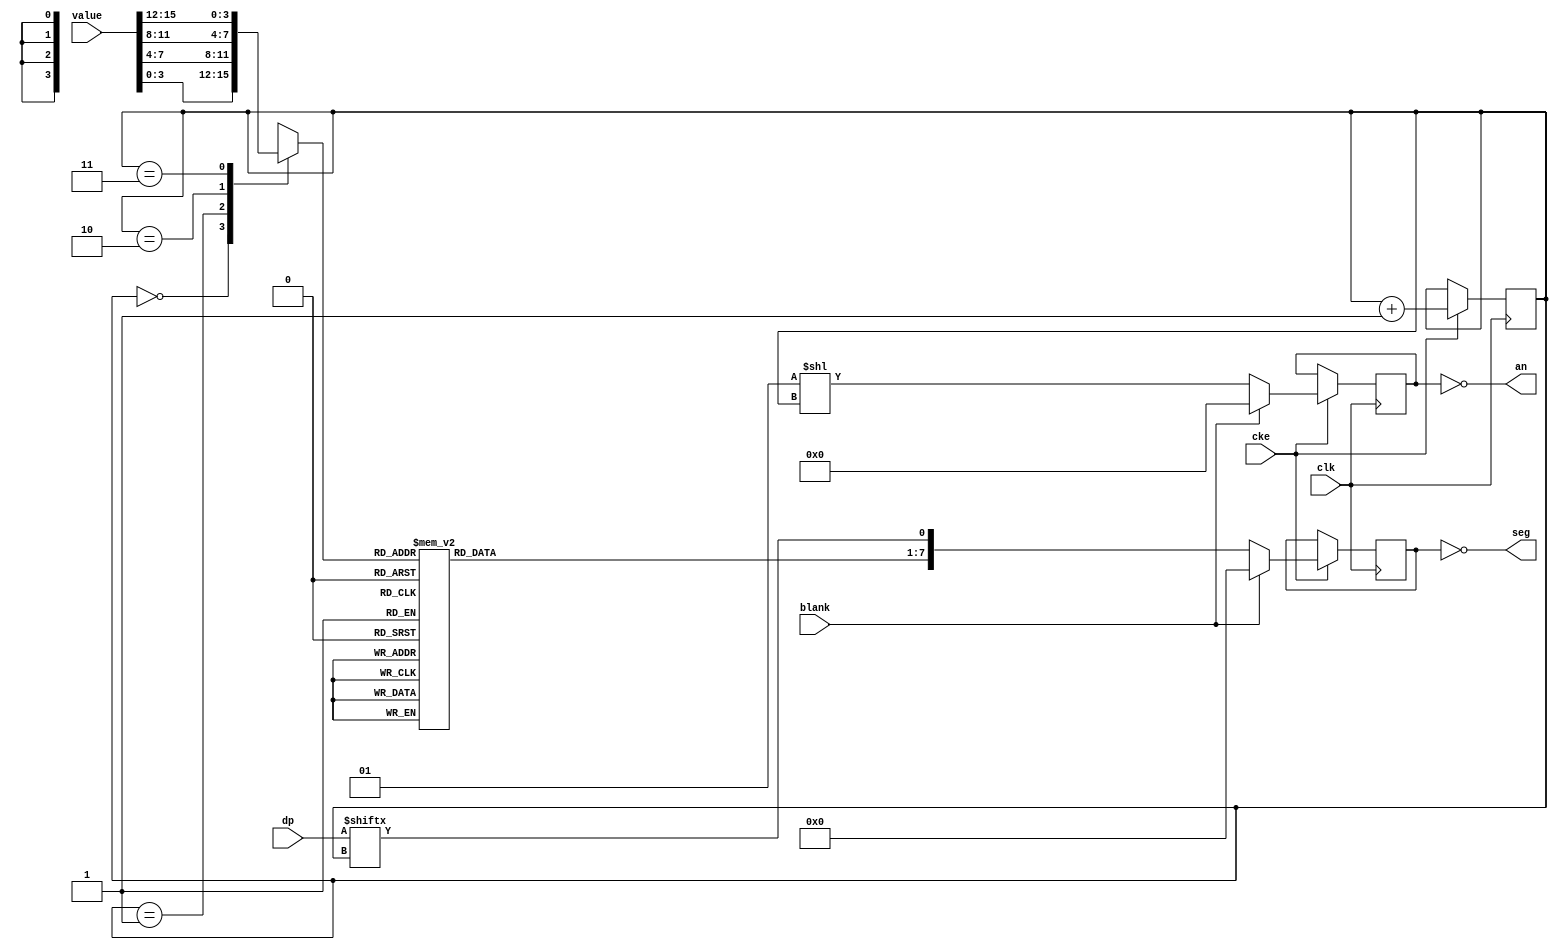
`default_nettype none

module seven_seg_driver (
    input wire clk,
    input wire cke,
    input wire blank,
    input wire [15:0] value,
    input wire [3:0] dp,
    output wire [7:0] seg,
    output wire [3:0] an
);

reg [1:0] select = 0;
reg [7:0] seg_r = 0;
reg [3:0] an_r = 0;

reg [3:0] nibble;
always @(*) begin
    case (select)
        0: nibble = value[3:0];
        1: nibble = value[7:4];
        2: nibble = value[11:8];
        3: nibble = value[15:12];
    endcase
end

reg [6:0] segs;
always @(*) begin
    case (nibble)
        //
        //     AAA
        //    F   B
        //    F   B
        //     GGG
        //    E   C
        //    E   C
        //     DDD  dp
        //
        //               ABCDEFG
        4'h0: segs = 7'b1111110;
        4'h1: segs = 7'b0110000;
        4'h2: segs = 7'b1101101;
        4'h3: segs = 7'b1111001;
        4'h4: segs = 7'b0110011;
        4'h5: segs = 7'b1011011;
        4'h6: segs = 7'b1011111;
        4'h7: segs = 7'b1110000;
        4'h8: segs = 7'b1111111;
        4'h9: segs = 7'b1111011;
        4'hA: segs = 7'b1110111;
        4'hb: segs = 7'b0011111;
        4'hC: segs = 7'b1001110;
        4'hd: segs = 7'b0111101;
        4'hE: segs = 7'b1001111;
        4'hF: segs = 7'b1000111;
    endcase
end

always @(posedge clk) begin
    if (cke) begin
        if (blank) begin
            an_r    <= 0;
            seg_r   <= 0;
        end else begin
            an_r    <= (1 << select);
            seg_r   <= { segs, dp[select] };
        end
        select      <= select + 1;
    end
end

assign seg  = ~seg_r;
assign an   = ~an_r;

endmodule